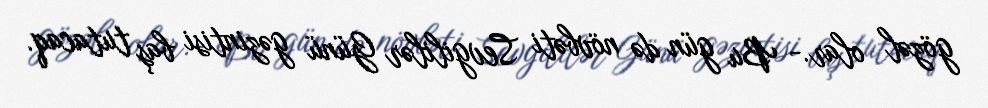
gözəl olar.- Bu gün də növbəti Sevgililər Günü gəzintisi baş tutacaq.